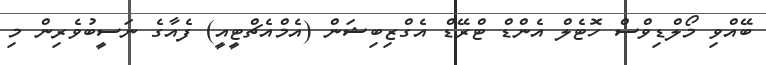
ބޭއްވި މޯލްޑިވްސް ހޮޓެލް އެންޑް ޓްރޭޑް އެގްޒިބިޝަން (އެމްއެޗްޓީއީ) ފެއާގެ ނަސީބުވެރިން މި